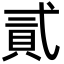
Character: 貳